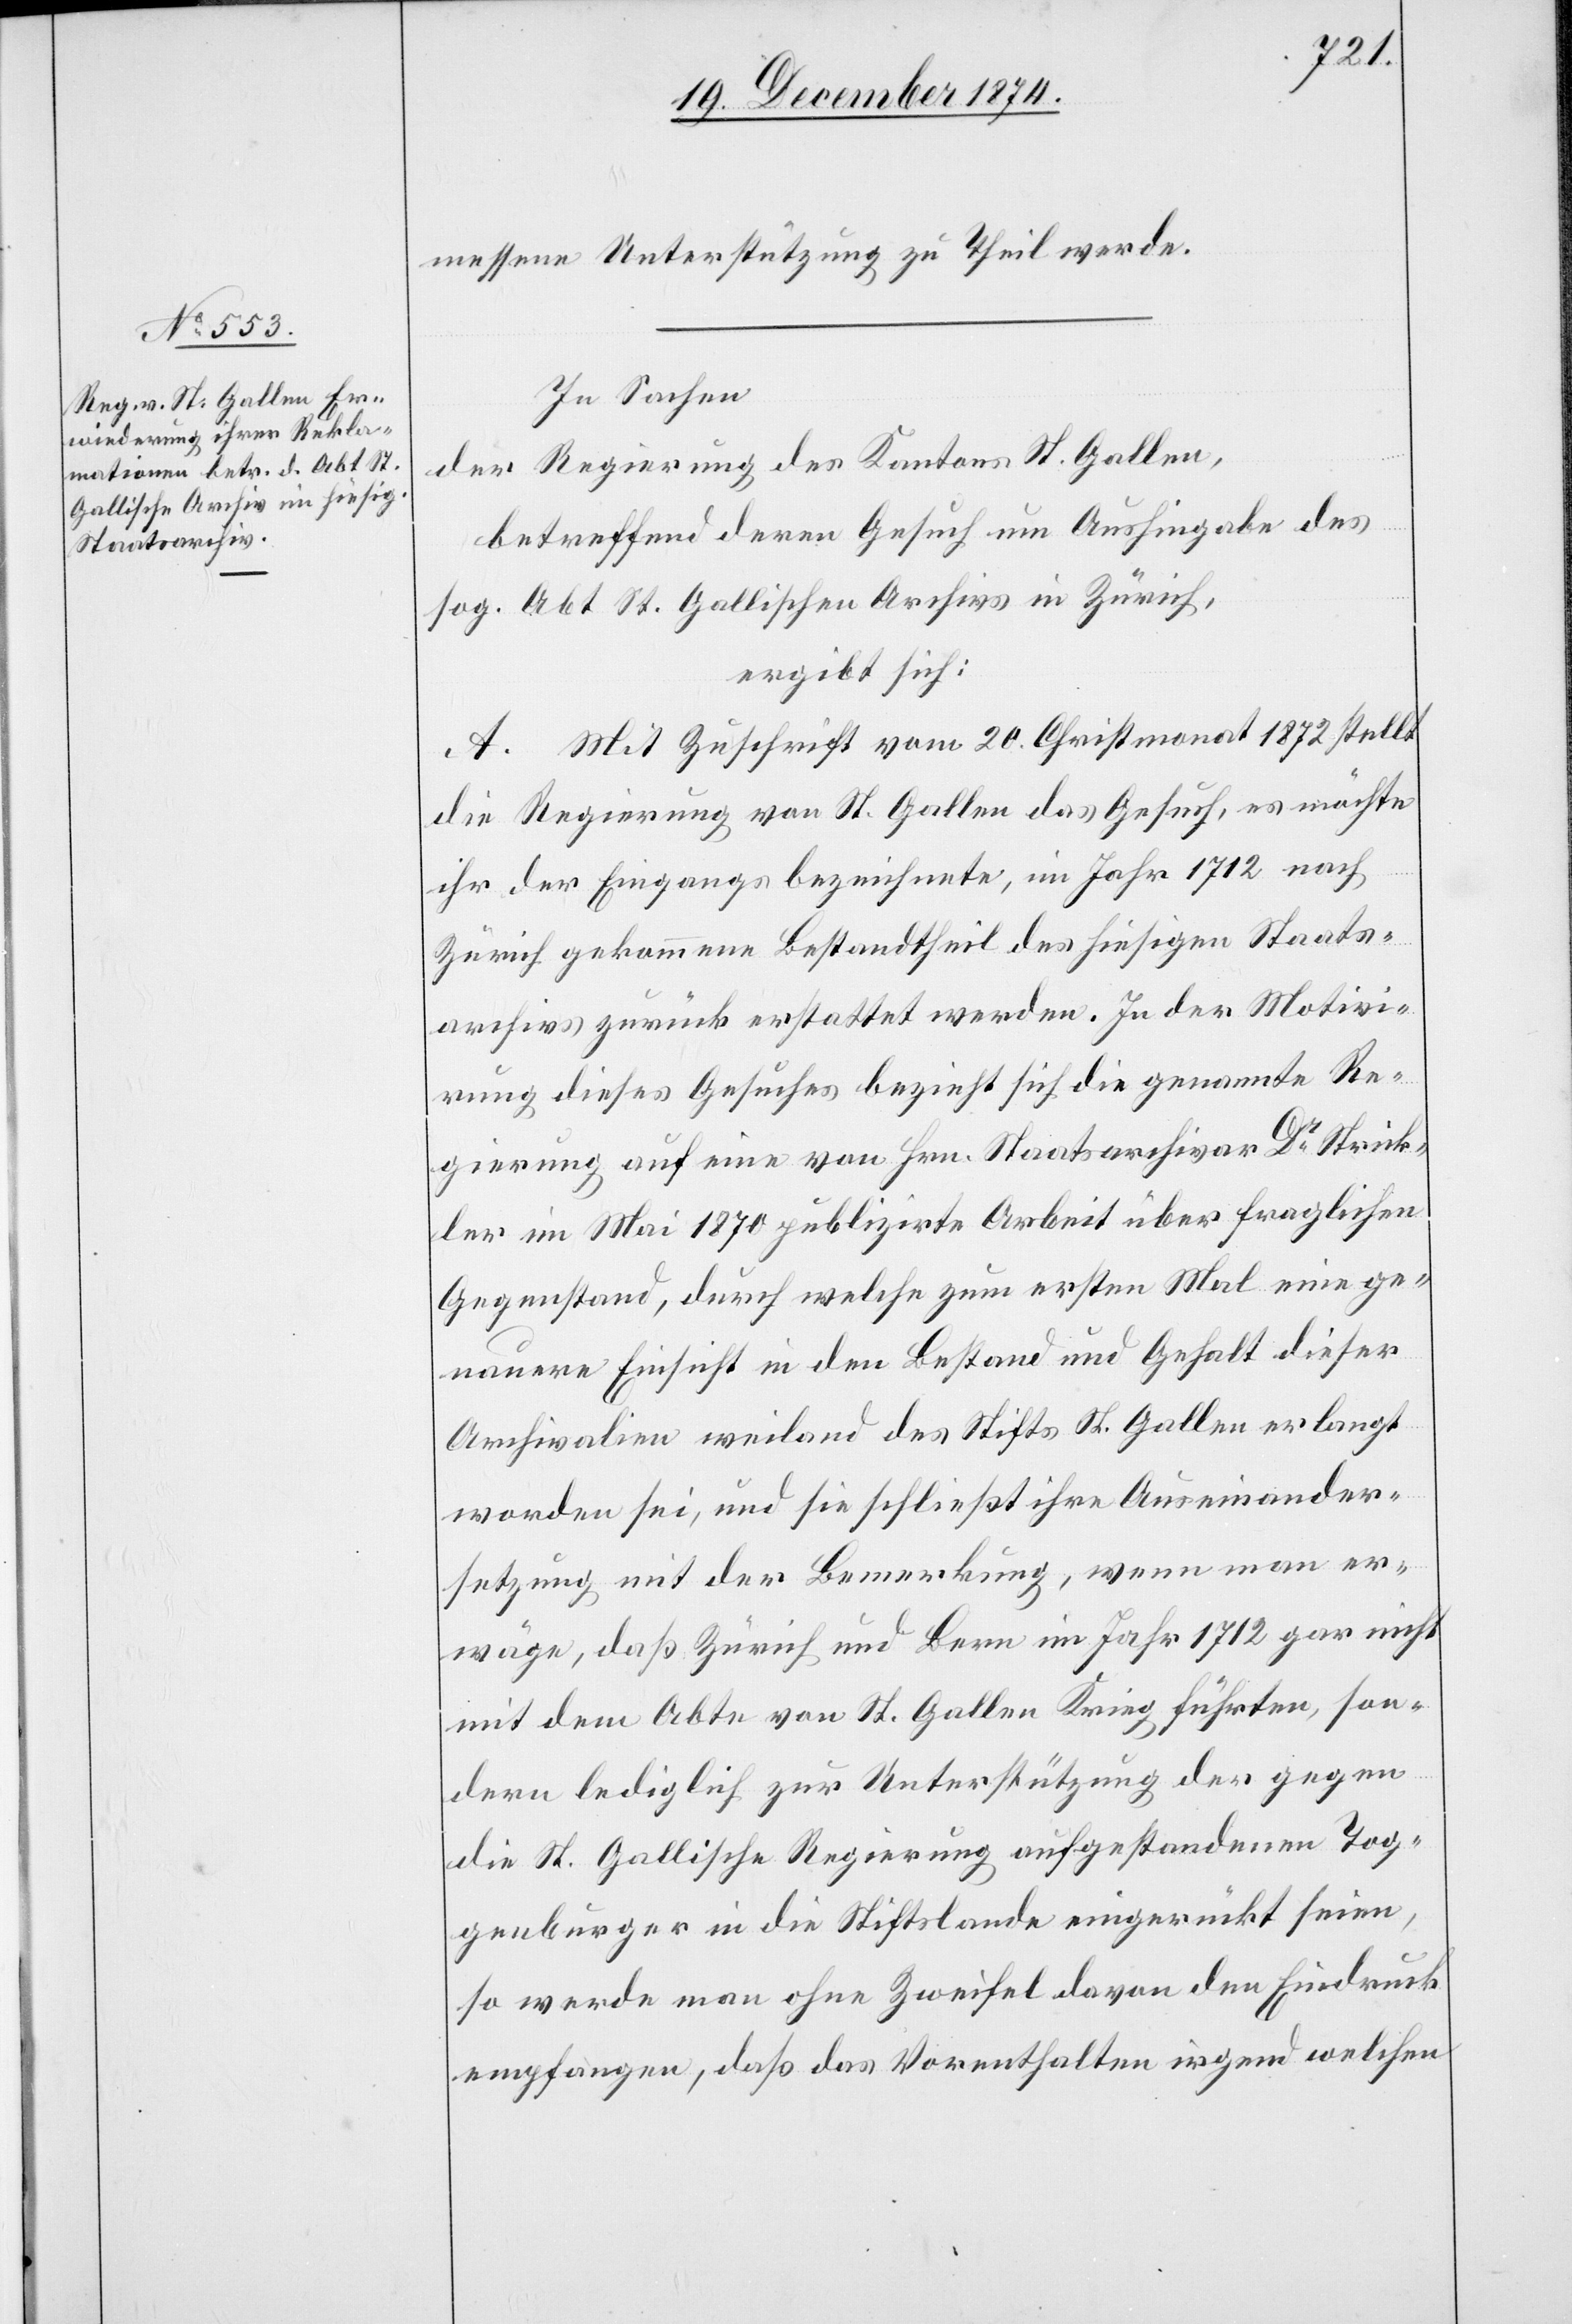
messene Unterstützung zu Theil werde.
In Sachen
der Regierung des Kantons St. Gallen,
betreffend deren Gesuch um Aushingabe des
sog. Abt St. Gallischen Archivs in Zürich,
ergibt sich:
A. Mit Zuschrift vom 20. Christmonat 1872 stellt
die Regierung von St. Gallen das Gesuch, es möchte
ihr der Eingangs bezeichnete, im Jahr 1712 nach
Zürich gekommene Bestandtheil des hiesigen Staats¬
archivs zurück erstattet werden. In der Motivi¬
rung dieses Gesuches bezieht sich die genannte Re¬
gierung auf eine von Hrn. Staatsarchivar Dr Strick¬
ler im Mai 1870 publizirte Arbeit über fraglichen
Gegenstand, durch welche zum ersten Mal eine ge¬
nauere Einsicht in den Bestand und Gehalt dieser
Archivalien weilend des Stifts St. Gallen erlangt
worden sei, und sie schließt ihre Auseinander¬
setzung mit der Bemerkung, wenn man er¬
wäge, daß Zürich und Bern im Jahr 1712 gar nicht
mit dem Abte von St. Gallen Krieg führten, son¬
dern lediglich zur Unterstützung der gegen
die St. Gallische Regierung aufgestandenen Tog¬
genburger in die Stiftslande eingerückt seien,
so werde man ohne Zweifel davon den Eindruck
empfangen, daß das Vorenthalten irgend welchen